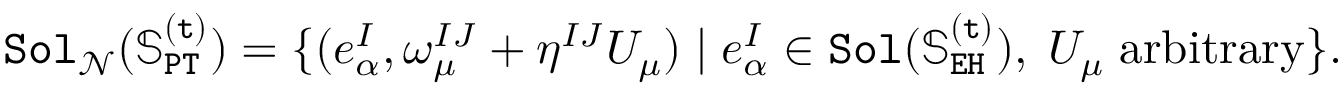
\begin{array} { r } { \mathtt { S o l } _ { \mathcal { N } } ( \mathbb { S } _ { \mathtt { P T } } ^ { \mathtt { ( t ) } } ) = \{ ( e _ { \alpha } ^ { I } , \omega _ { \mu } ^ { I J } + \eta ^ { I J } U _ { \mu } ) \mid e _ { \alpha } ^ { I } \in \mathtt { S o l } ( \mathbb { S } _ { \mathtt { E H } } ^ { \mathtt { ( t ) } } ) , \; U _ { \mu } \; \mathrm { a r b i t r a r y } \} . } \end{array}